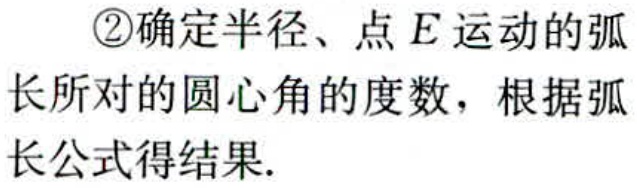
\textcircled{2}确定半径、点\(E\)运动的弧长所对的圆心角的度数，根据弧长公式得结果.